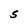
Character: S